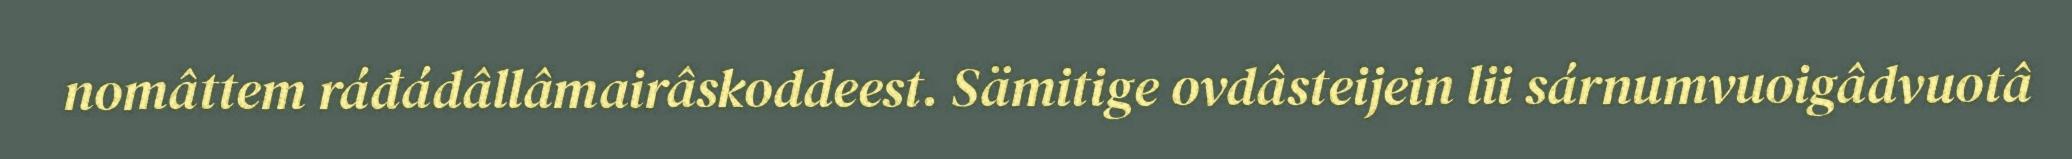
nomâttem ráđádâllâmairâskoddeest. Sämitige ovdâsteijein lii sárnumvuoigâdvuotâ